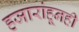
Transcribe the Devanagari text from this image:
हजारांहूनही